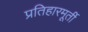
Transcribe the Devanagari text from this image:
प्रतिहारमूर्ती